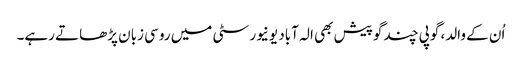
اُن کے والد، گوپی چند گوپیش بھی الہ آباد یونیورسٹی میں روسی زبان پڑھاتے رہے۔